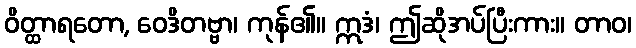
ဝိတ္ထာရတော, ဝေဒိတဗ္ဗာ၊ ကုန်၏။ ဣဒံ၊ ဤဆိုအပ်ပြီးကား။ တာဝ၊